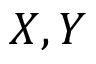
X , Y